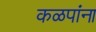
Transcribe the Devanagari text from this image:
कळपांना